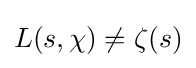
{\textstyle L(s,\chi )\neq \zeta (s)}